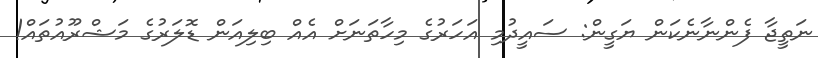
ނަތީޖާ ފެންނާނެކަން ޔަގީން: ސައީދުމި އަހަރުގެ މިހާތަނަށް އެއް ބިލިއަން ޑޮލަރުގެ މަޝްރޫއުތައް!